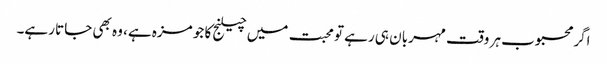
اگر محبوب ہر وقت مہربان ہی رہے تو محبت میں چیلنج کا جو مزہ ہے، وہ بھی جاتا رہے۔